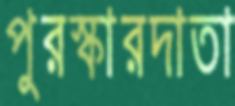
পুরস্কারদাতা